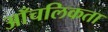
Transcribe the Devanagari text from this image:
आँचलिकता